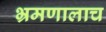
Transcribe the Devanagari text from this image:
भ्रमणालाच